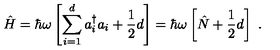
\hat { H } = \hbar \omega \left[ \sum _ { i = 1 } ^ { d } a _ { i } ^ { \dagger } a _ { i } + \frac { 1 } { 2 } d \right] = \hbar \omega \left[ \hat { N } + \frac { 1 } { 2 } d \right] \ .